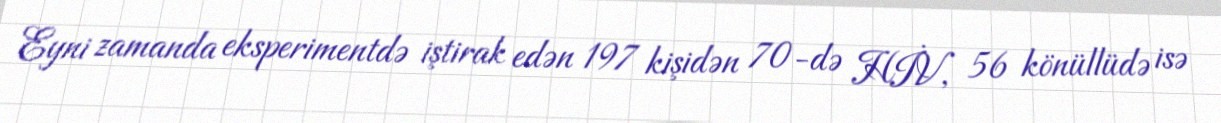
Eyni zamanda eksperimentdə iştirak edən 197 kişidən 70-də HİV, 56 könüllüdə isə